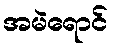
အမဲရောင်